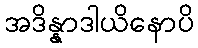
အဒိန္နာဒါယိနောပိ